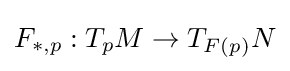
F_{*,p}:T_{p}M\to T_{F(p)}N